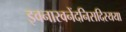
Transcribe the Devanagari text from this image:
इवनारवनेंदनिसदिरयया